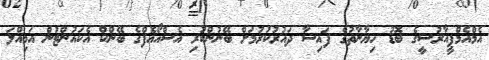
އެމްއެމްޕީއާރުސީގެ ބޮޑު ހިޔާނާތުގެ ފައިސާ ދައުރުކުރުމަށް ބޭނުންކުރި އެސްއޯއެފްގެ ބޭންކް އެކައުންޓުން އަމިއްލަ